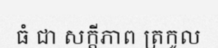
ធំ ជា សក្តីភាព ត្រកូល